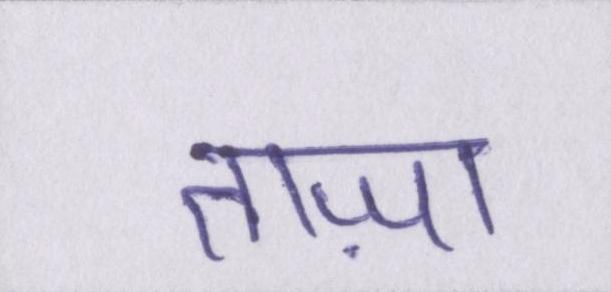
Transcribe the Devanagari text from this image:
ताज़ा